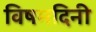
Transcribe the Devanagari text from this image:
विषमदिनी